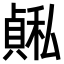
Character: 𫁅